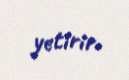
yetirir.